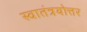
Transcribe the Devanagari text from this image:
स्वातंत्रयोत्तर